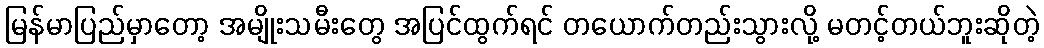
မြန်မာပြည်မှာတော့ အမျိုးသမီးတွေ အပြင်ထွက်ရင် တယောက်တည်းသွားလို့ မတင့်တယ်ဘူးဆိုတဲ့